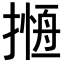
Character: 𢳖